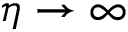
\eta \to \infty